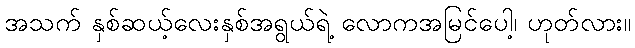
အသက် နှစ်ဆယ့်လေးနှစ်အရွယ်ရဲ့ လောကအမြင်ပေါ့၊ ဟုတ်လား။